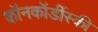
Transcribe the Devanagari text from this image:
कॉनकॉर्डीस्की